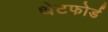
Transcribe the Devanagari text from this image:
थेटफोर्ड